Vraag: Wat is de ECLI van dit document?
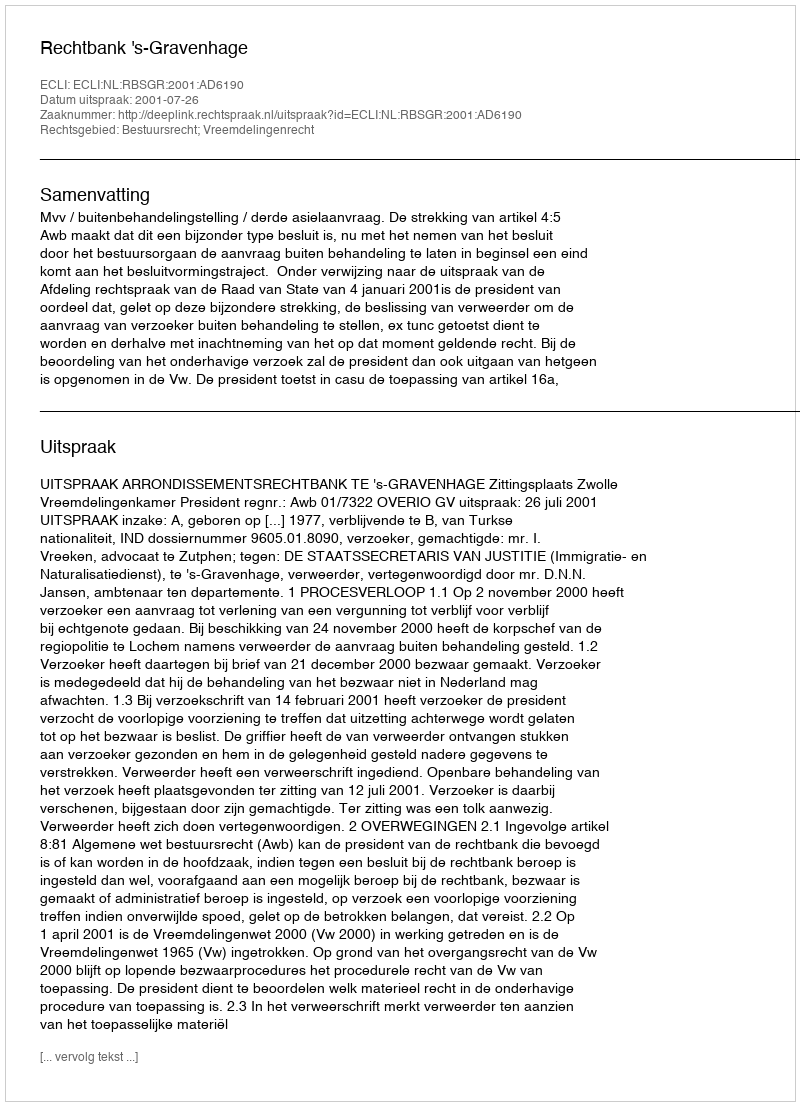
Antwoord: ECLI:NL:RBSGR:2001:AD6190